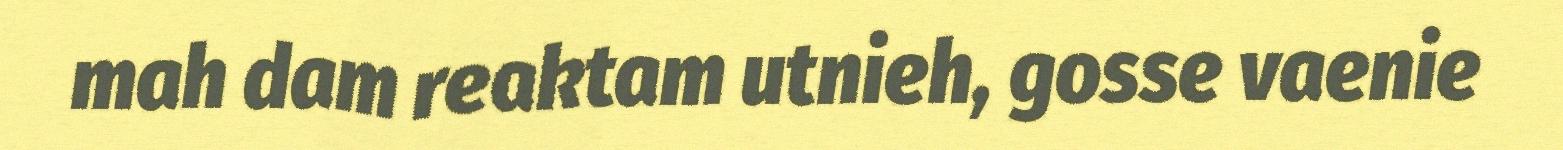
mah dam reaktam utnieh, gosse vaenie